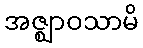
အဇ္ဈာဝသာမိ